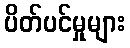
ပိတ်ပင်မှုများ